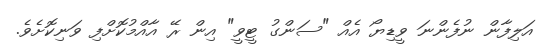
އަލިފާން ނުފެންނަ ވީޑިޔޯ އެއް "ސަންގު ޓީވީ" އިން ރޭ އާއްމުކޮށްފި ވަނިކޮށެވެ.